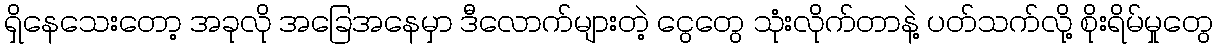
ရှိနေသေးတော့ အခုလို အခြေအနေမှာ ဒီလောက်များတဲ့ ငွေတွေ သုံးလိုက်တာနဲ့ ပတ်သက်လို့ စိုးရိမ်မှုတွေ